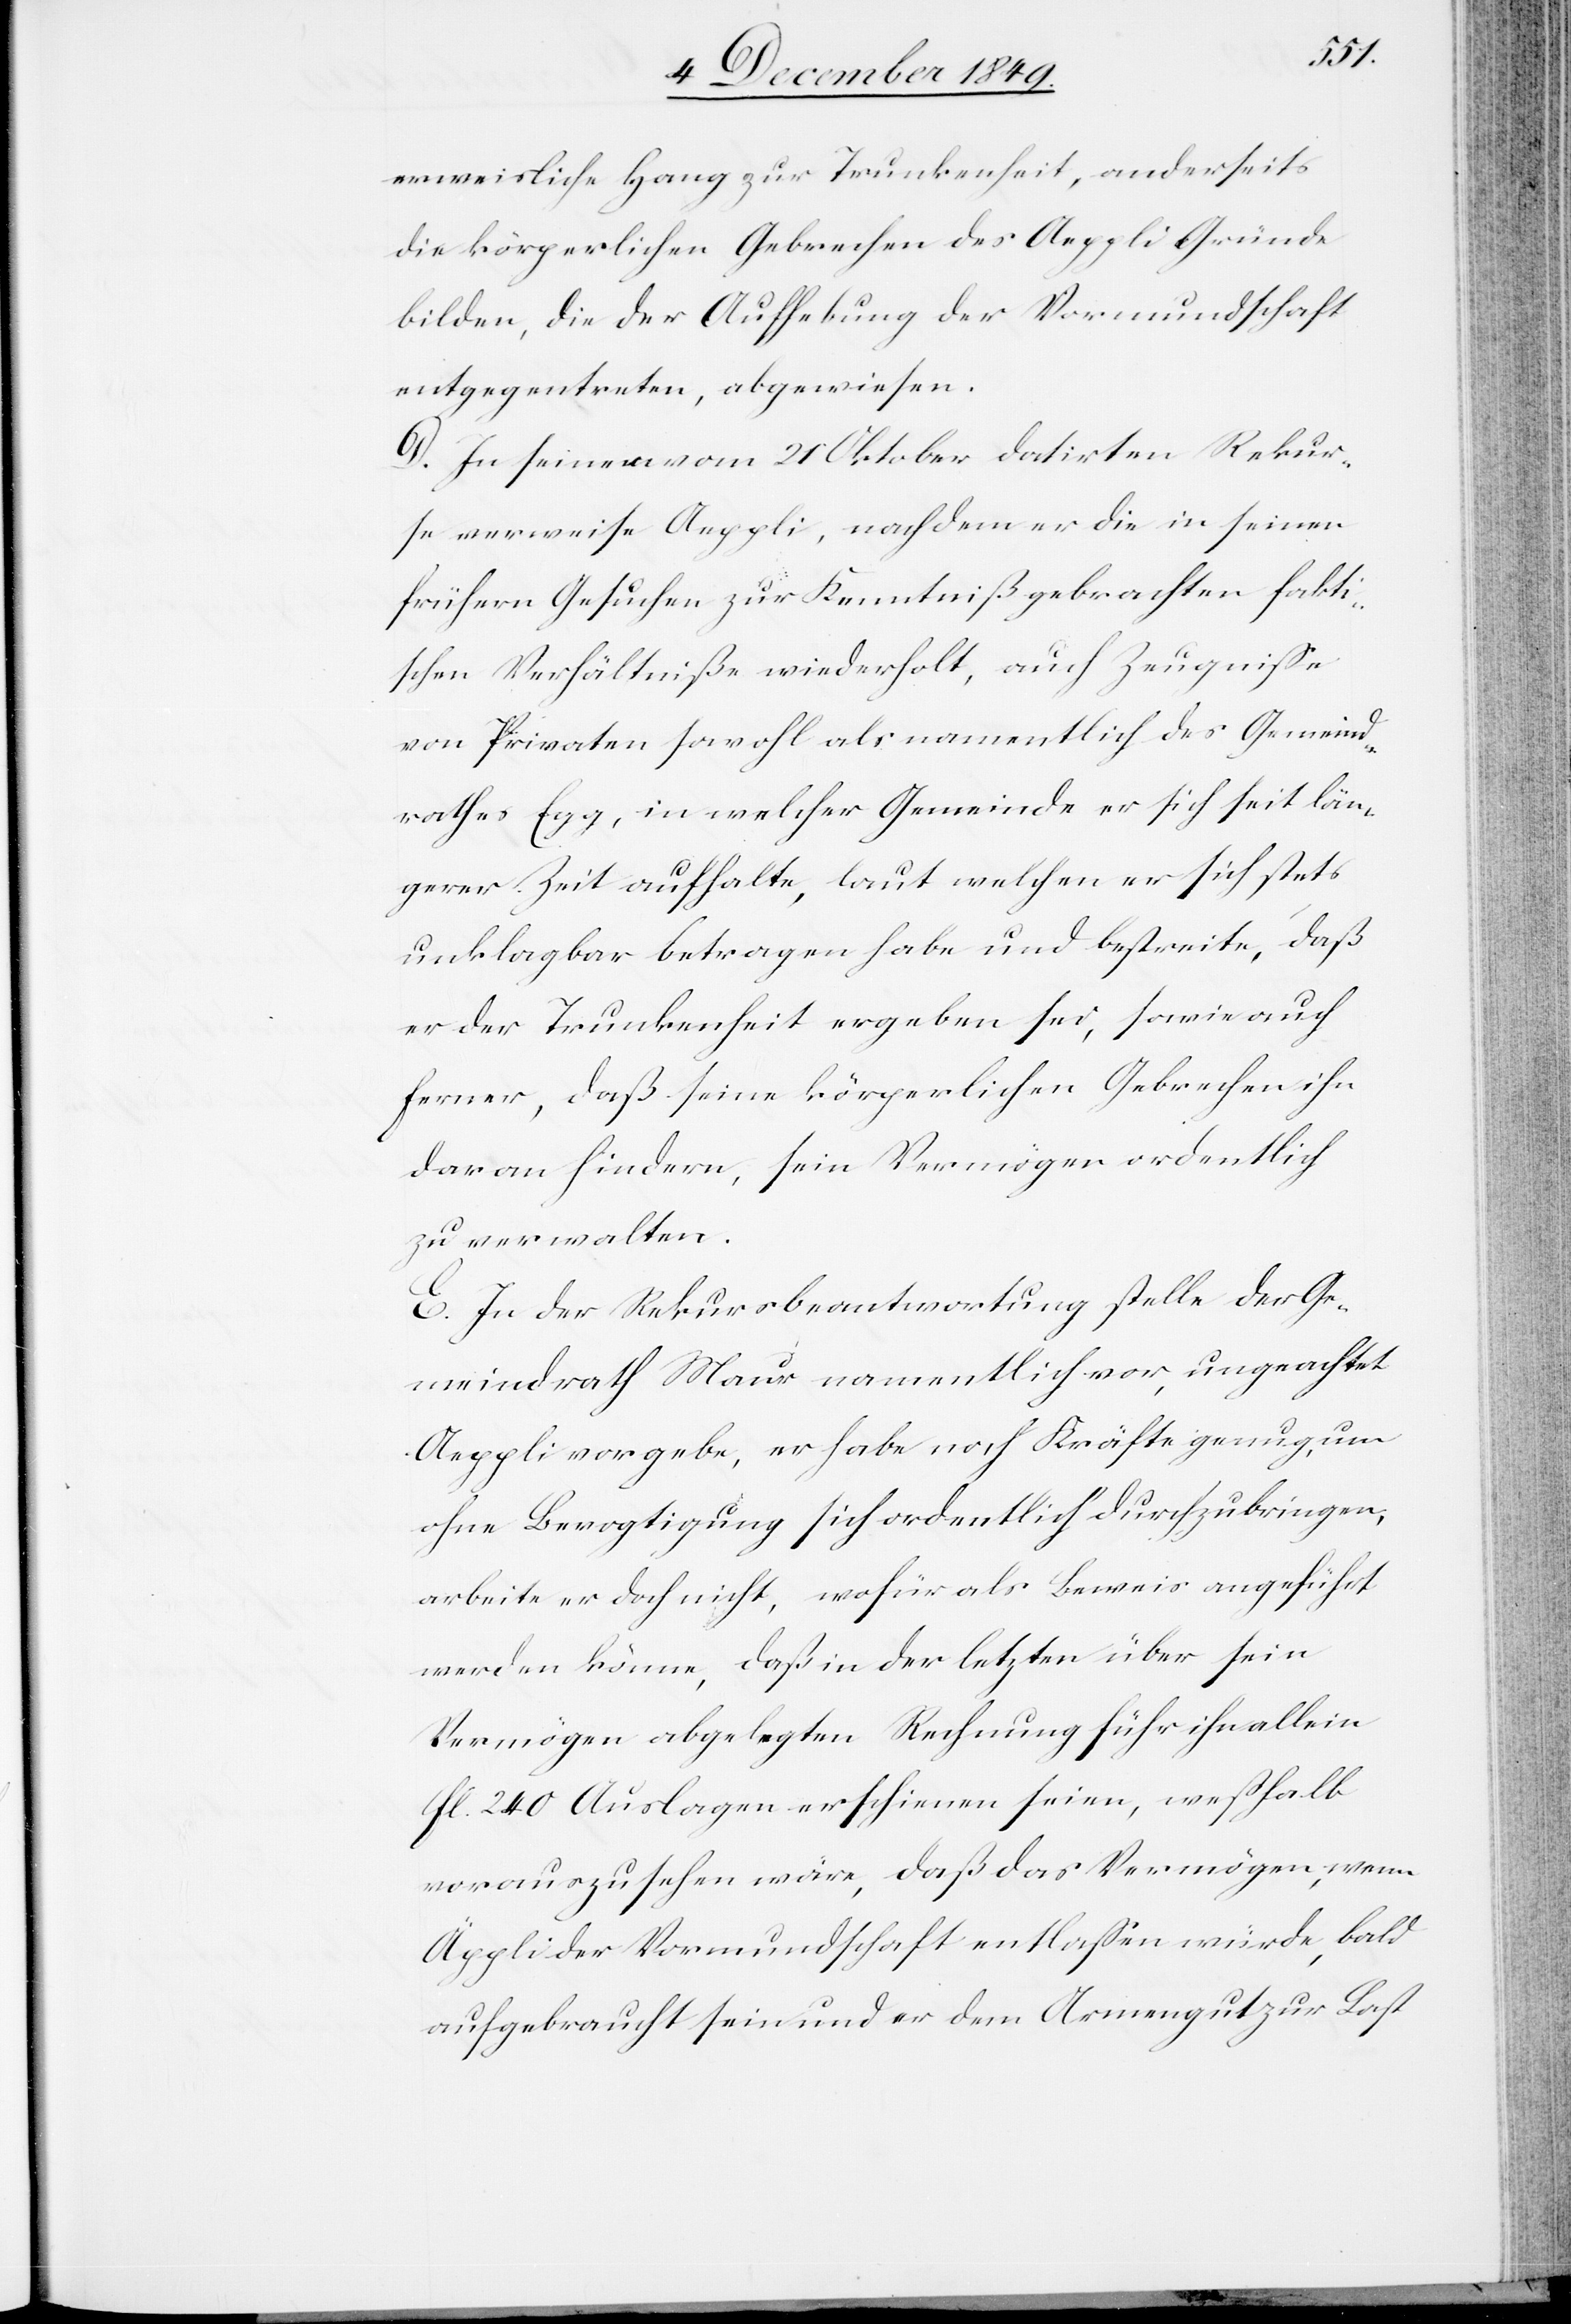
erweisliche Hang zur Trunkenheit, anderseits
die körperlichen Gebrechen des Aeppli Gründe
bilden, die der Aufhebung der Vormundschaft
entgegentreten, abgewiesen.
D. In seinem vom 21 Oktober datirten Rekur¬
se verweise Aeppli, nachdem er die in seinen
frühern Gesuchen zur Kenntniß gebrachten fakti¬
schen Verhältniße wiederholt, auch Zeugniße
von Privaten sowohl als namentlich des Gemeind¬
rathes Egg, in welcher Gemeinde er sich seit län¬
gerer Zeit aufhalte, laut welchen er sich stets
unklagbar betragen habe und bestreite, daß
er der Trunkenheit ergeben sei, sowie auch
ferner, daß seine körperlichen Gebrechen ihn
daran hindern, sein Vermögen ordentlich
zu verwalten.
E. In der Rekursbeantwortung stelle der Ge¬
meindrath Maur namentlich vor, ungeachtet
Aeppli vorgebe, er habe noch Kräfte genug, um
ohne Bevogtigung sich ordentlich durchzubringen,
arbeite er doch nicht, wofür als Beweis angeführt
werden könne, daß in der letzten über sein
Vermögen abgelegten Rechnung führ [sic!] ihn allein
fl. 240 Auslagen erschienen seien, weßhalb
vorauszusehen wäre, daß das Vermögen, wenn
Äppli der Vormundschaft entlaßen würde, bald
aufgebracht sein und er dem Armengute zur Last